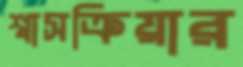
শ্বাসক্রিয়ার